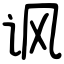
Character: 讽